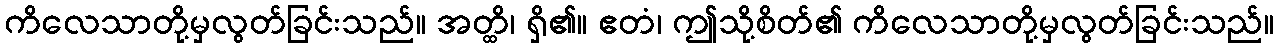
ကိလေသာတို့မှလွတ်ခြင်းသည်။ အတ္ထိ၊ ရှိ၏။ ဧတံ၊ ဤသို့စိတ်၏ ကိလေသာတို့မှလွတ်ခြင်းသည်။